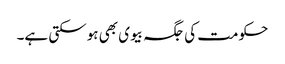
حکومت کی جگہ بیوی بھی ہوسکتی ہے۔